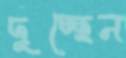
দুচ্ছেন